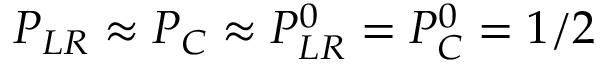
P _ { L R } \approx P _ { C } \approx P _ { L R } ^ { 0 } = P _ { C } ^ { 0 } = 1 / 2